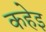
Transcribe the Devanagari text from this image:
कहेइ